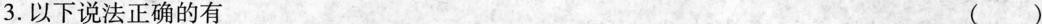
3.以下说法正确的有 ()